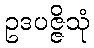
ဥဒပဇ္ဇိသုံ